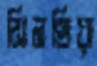
সিনথিয়া